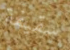
سقيفة